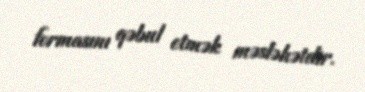
formasını qəbul etmək məsləhətdir.